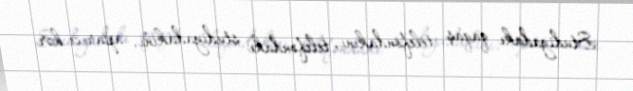
Studiyadakı qaqaş telefondakını, telefondakı studiyadakını, aparıcı hər